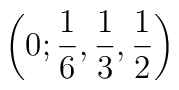
\left( 0;\frac{1}{6},\frac{1}{3},\frac{1}{2}\right)